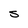
Character: s